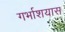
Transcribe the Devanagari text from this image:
गर्भाशयास